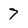
Character: 7